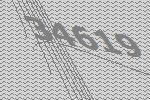
34619